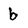
Character: b